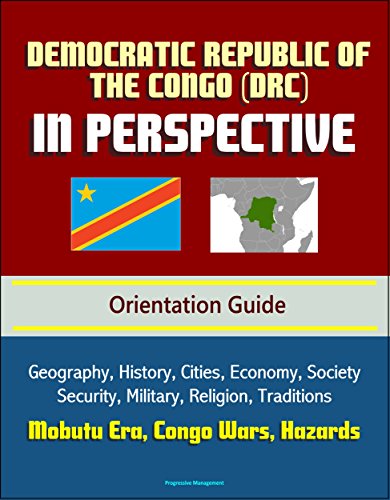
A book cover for Democratic Republic of the Congo (DRC) in Perspective - Orientation Guide: Geography, History, Cities, Economy, Society, Security, Military, Religion, Traditions, Mobutu Era, Congo Wars, Hazards; U.S. Government; Travel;